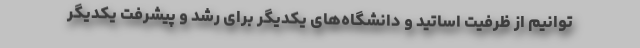
توانیم از ظرفیت اساتید و دانشگاه‌های ‌یکدیگر برای رشد و پیشرفت یکدیگر